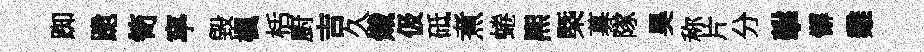
踟跪笥寧毀楓栝廚吉久熾伋砥煮蜷熈槩募隊昊称片分擊懈雞